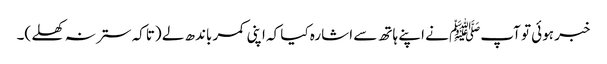
خبر ہوئی تو آپﷺ نے اپنے ہاتھ سے اشارہ کیا کہ اپنی کمر باندھ لے (تاکہ ستر نہ کھلے )۔